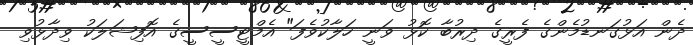
ދެން އަޅުގަނޑުމެންގެ ފެރީގެ ދިރުބާ ކޮޅު ވަނީ ހަލާކުވެފަ" އެމްޓީސީސީގެ އޮފިޝަލަކު ވިދާޅުވި